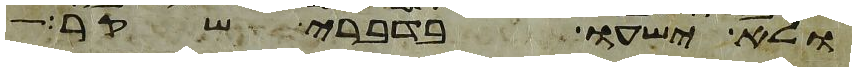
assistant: ולא ישעו בדברי שקר